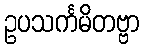
ဥပသင်္ကမိတဗ္ဗာ